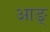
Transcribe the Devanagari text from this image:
आङ्‌